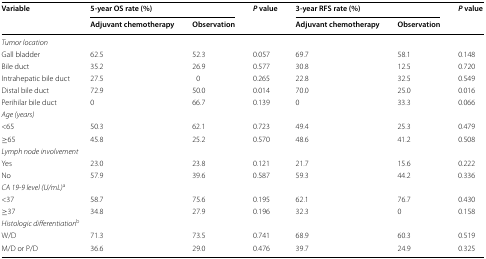
<table><thead><tr><td rowspan="2"><b>Variable</b></td><td colspan="2"><b>5-year OS rate (%)</b></td><td rowspan="2"><b><i>P</i> value</b></td><td colspan="2"><b>3-year RFS rate (%)</b></td><td rowspan="2"><b><i>P</i> value</b></td></tr><tr><td><b>Adjuvant chemotherapy</b></td><td><b>Observation</b></td><td><b>Adjuvant chemotherapy</b></td><td><b>Observation</b></td></tr></thead><tbody><tr><td colspan="7"><i>Tumor location</i></td></tr><tr><td>Gall bladder</td><td>62.5</td><td>52.3</td><td>0.057</td><td>69.7</td><td>58.1</td><td>0.148</td></tr><tr><td>Bile duct</td><td>35.2</td><td>26.9</td><td>0.577</td><td>30.8</td><td>12.5</td><td>0.720</td></tr><tr><td>Intrahepatic bile duct</td><td>27.5</td><td>0</td><td>0.265</td><td>22.8</td><td>32.5</td><td>0.549</td></tr><tr><td>Distal bile duct</td><td>72.9</td><td>50.0</td><td>0.014</td><td>70.0</td><td>25.0</td><td>0.016</td></tr><tr><td>Perihilar bile duct</td><td>0</td><td>66.7</td><td>0.139</td><td>0</td><td>33.3</td><td>0.066</td></tr><tr><td colspan="7"><i>Age (years)</i></td></tr><tr><td>&lt;65</td><td>50.3</td><td>62.1</td><td>0.723</td><td>49.4</td><td>25.3</td><td>0.479</td></tr><tr><td>≥65</td><td>45.8</td><td>25.2</td><td>0.570</td><td>48.6</td><td>41.2</td><td>0.508</td></tr><tr><td colspan="7"><i>Lymph node involvement</i></td></tr><tr><td>Yes</td><td>23.0</td><td>23.8</td><td>0.121</td><td>21.7</td><td>15.6</td><td>0.222</td></tr><tr><td>No</td><td>57.9</td><td>39.6</td><td>0.587</td><td>59.3</td><td>44.2</td><td>0.336</td></tr><tr><td colspan="7"><i>CA 19</i>-<i>9 level (U/mL)</i><sup>a</sup></td></tr><tr><td>&lt;37</td><td>58.7</td><td>75.6</td><td>0.195</td><td>62.1</td><td>76.7</td><td>0.430</td></tr><tr><td>≥37</td><td>34.8</td><td>27.9</td><td>0.196</td><td>32.3</td><td>0</td><td>0.158</td></tr><tr><td colspan="7"><i>Histologic differentiation</i><sup>b</sup></td></tr><tr><td>W/D</td><td>71.3</td><td>73.5</td><td>0.741</td><td>68.9</td><td>60.3</td><td>0.519</td></tr><tr><td>M/D or P/D</td><td>36.6</td><td>29.0</td><td>0.476</td><td>39.7</td><td>24.9</td><td>0.325</td></tr></tbody></table>